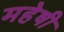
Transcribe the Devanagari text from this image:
महेषी